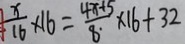
\frac { x } { 1 6 } \times 1 6 = \frac { 4 x + 5 } { 8 } \times 1 6 + 3 2